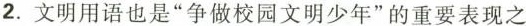
2.文明用语也是”争做校园文明少年”的重要表现之